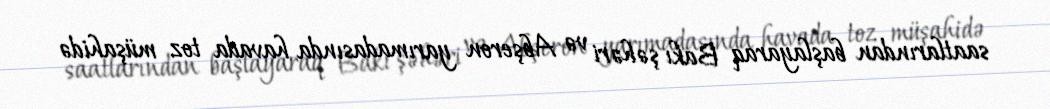
saatlarından başlayaraq Bakı şəhəri və Abşeron yarımadasında havada toz müşahidə